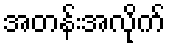
အတန်းအလိုက်